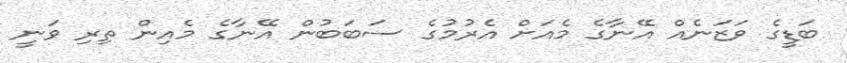
ބަޑީގެ ވަޒަނެއް އޭނާގެ މެއަށް އެރުމުގެ ސަބަބުން އޭނާގެ މެއިން ތިރި ވަނީ